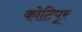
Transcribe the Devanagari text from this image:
कोटिपूर